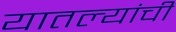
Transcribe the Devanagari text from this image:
यातल्यांची